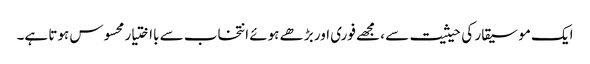
ایک موسیقار کی حیثیت سے ، مجھے فوری اور بڑھے ہوئے انتخاب سے بااختیار محسوس ہوتا ہے۔